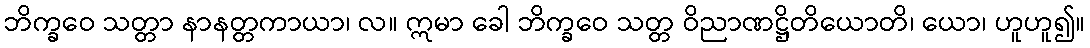
ဘိက္ခဝေ သတ္တာ နာနတ္တကာယာ၊ လ။ ဣမာ ခေါ ဘိက္ခဝေ သတ္တ ဝိညာဏဋ္ဌိတိယောတိ၊ ယော၊ ဟူဟူ၍။